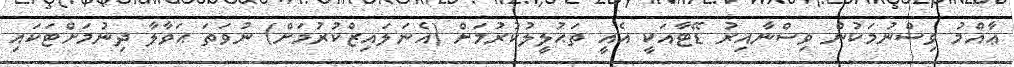
ޢާއްމު ވިސްނުމަކުން ވިސްނާއިރު ޑޭޓާއަކީ އެއީ ތަޙުލީލުކުރުމަށް (އެނަލައިޒްކުރުމަށް) ނުވަތަ ޙަވާލާ ދިނުމަށްޓަކައި